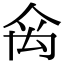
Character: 𥜼